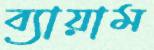
ব্যায়াম